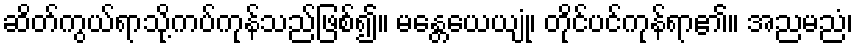
ဆိတ်ကွယ်ရာသို့ကပ်ကုန်သည်ဖြစ်၍။ မန္တေယေယျုံ၊ တိုင်ပင်ကုန်ရာ၏။ အညမညံ၊